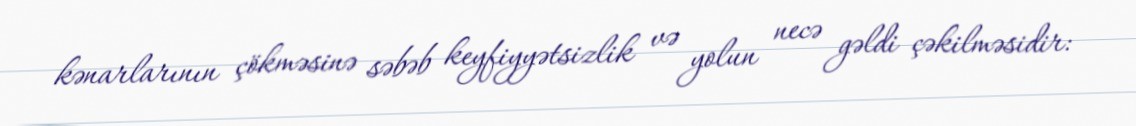
kənarlarının çökməsinə səbəb keyfiyyətsizlik və yolun necə gəldi çəkilməsidir: